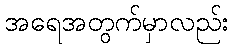
အရေအတွက်မှာလည်း